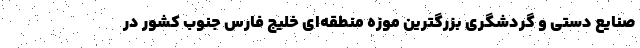
صنایع دستی و گردشگری بزرگترین موزه منطقه‌ای خلیج فارس جنوب کشور در